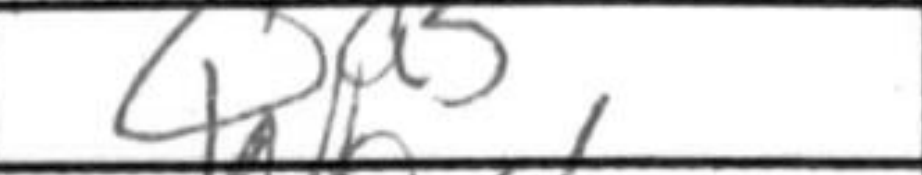
Transcription: Qa5